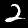
Digit: 2